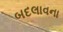
બદલાવના